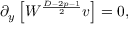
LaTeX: \partial _ { y } \left[ { \cal W } ^ { \frac { D - 2 p - 1 } { 2 } } v \right] = 0 ,